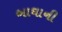
બાઘાની